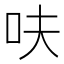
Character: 呋